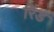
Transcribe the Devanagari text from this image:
रिंड